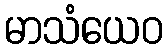
မာသံယေဝ